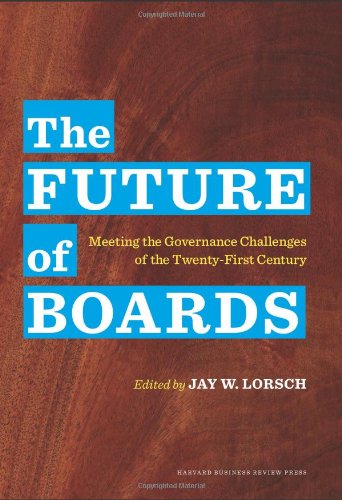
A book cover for The Future of Boards: Meeting the Governance Challenges of the Twenty-First Century; Business & Money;